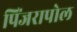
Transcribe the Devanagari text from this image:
पिंजरापोल